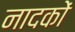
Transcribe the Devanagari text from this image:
नादकों